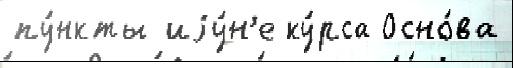
пу́нкты иjу́н'е ку́рса Осно́ва